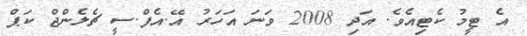
އެ ޓީމު ކެޓިއެވެ. އަދި 2008 ވަނަ އަހަރު އޭ.އެފް.ސީ ޗެލެންޖް ކަޕް